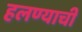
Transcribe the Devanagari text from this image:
हलण्याची